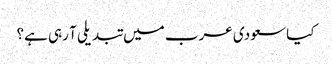
کیا سعودی عرب میں تبدیلی آ رہی ہے؟